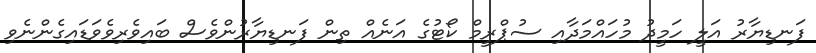
ފަނޑިޔާރު އަލީ ހަމީދު މުހައްމަދާއި ސުޕްރީމް ކޯޓުގެ އަނެއް ތިން ފަނޑިޔާރުންވެސް ބައިވެރިވެވަޑައިގެންނެވި